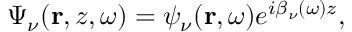
\Psi _ { \nu } ( { \bf r } , z , \omega ) = \psi _ { \nu } ( { \bf r } , \omega ) e ^ { i \beta _ { \nu } ( \omega ) z } ,